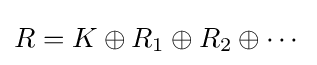
R=K\oplus R_{1}\oplus R_{2}\oplus \cdots